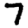
Digit: 7